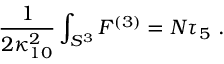
\frac 1 { 2 \kappa _ { 1 0 } ^ { 2 } } \int _ { S ^ { 3 } } F ^ { ( 3 ) } = N \tau _ { 5 } ~ .